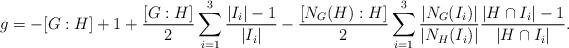
LaTeX: \begin{align*}g = -[G:H] + 1 + \frac{[G:H]}{2}\sum_{i=1}^{3}\frac{|I_i|-1}{|I_i|} - \frac{[N_G(H):H]}{2}\sum_{i=1}^{3}\frac{|N_G(I_i)|}{|N_H(I_i)|}\frac{|H\cap I_i|-1}{|H\cap I_i|}.\end{align*}